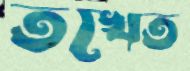
তখেত